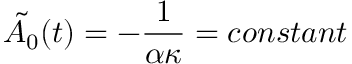
\tilde { A _ { 0 } } ( t ) = - \frac { 1 } { \alpha \kappa } = c o n s t a n t